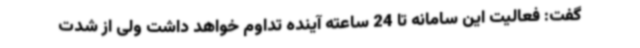
گفت: فعالیت این سامانه تا 24 ساعته آینده تداوم خواهد داشت ولی از شدت